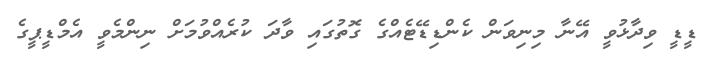
ޑީޑީ ވިދާޅުވީ އޭނާ މިނިވަން ކެންޑިޑޭޓެއްގެ ގޮތުގައި ވާދަ ކުރެއްވުމަށް ނިންމެވީ އެމްޑީޕީގެ